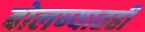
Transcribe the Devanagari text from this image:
बोलण्यातही